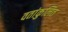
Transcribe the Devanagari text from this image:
वतांकुलित